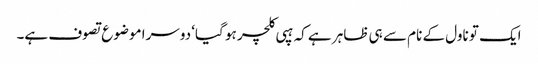
ایک تو ناول کے نام سے ہی ظاہر ہے کہ ہپی کلچر ہو گیا‘ دوسرا موضوع تصوف ہے۔